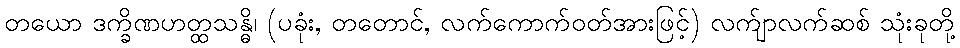
တယော ဒက္ခိဏဟတ္ထသန္ဓိ၊ (ပခုံး, တတောင်, လက်ကောက်ဝတ်အားဖြင့်) လက်ျာလက်ဆစ် သုံးခုတို့